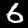
Label: 6